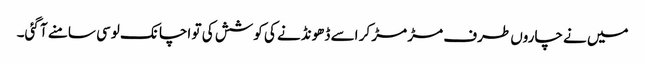
میں نے چاروں طرف مڑ مڑ کر اسے ڈھونڈنے کی کوشش کی تو اچانک لوسی سامنے آ گئی۔